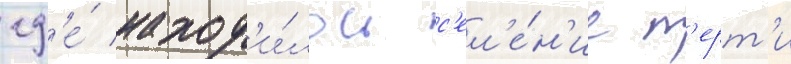
гд'е́ наход'и́лось с'ел'е́н'ие т'ерт'и